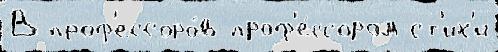
В проф'ессоро́в проф'е́ссором ст'их'и